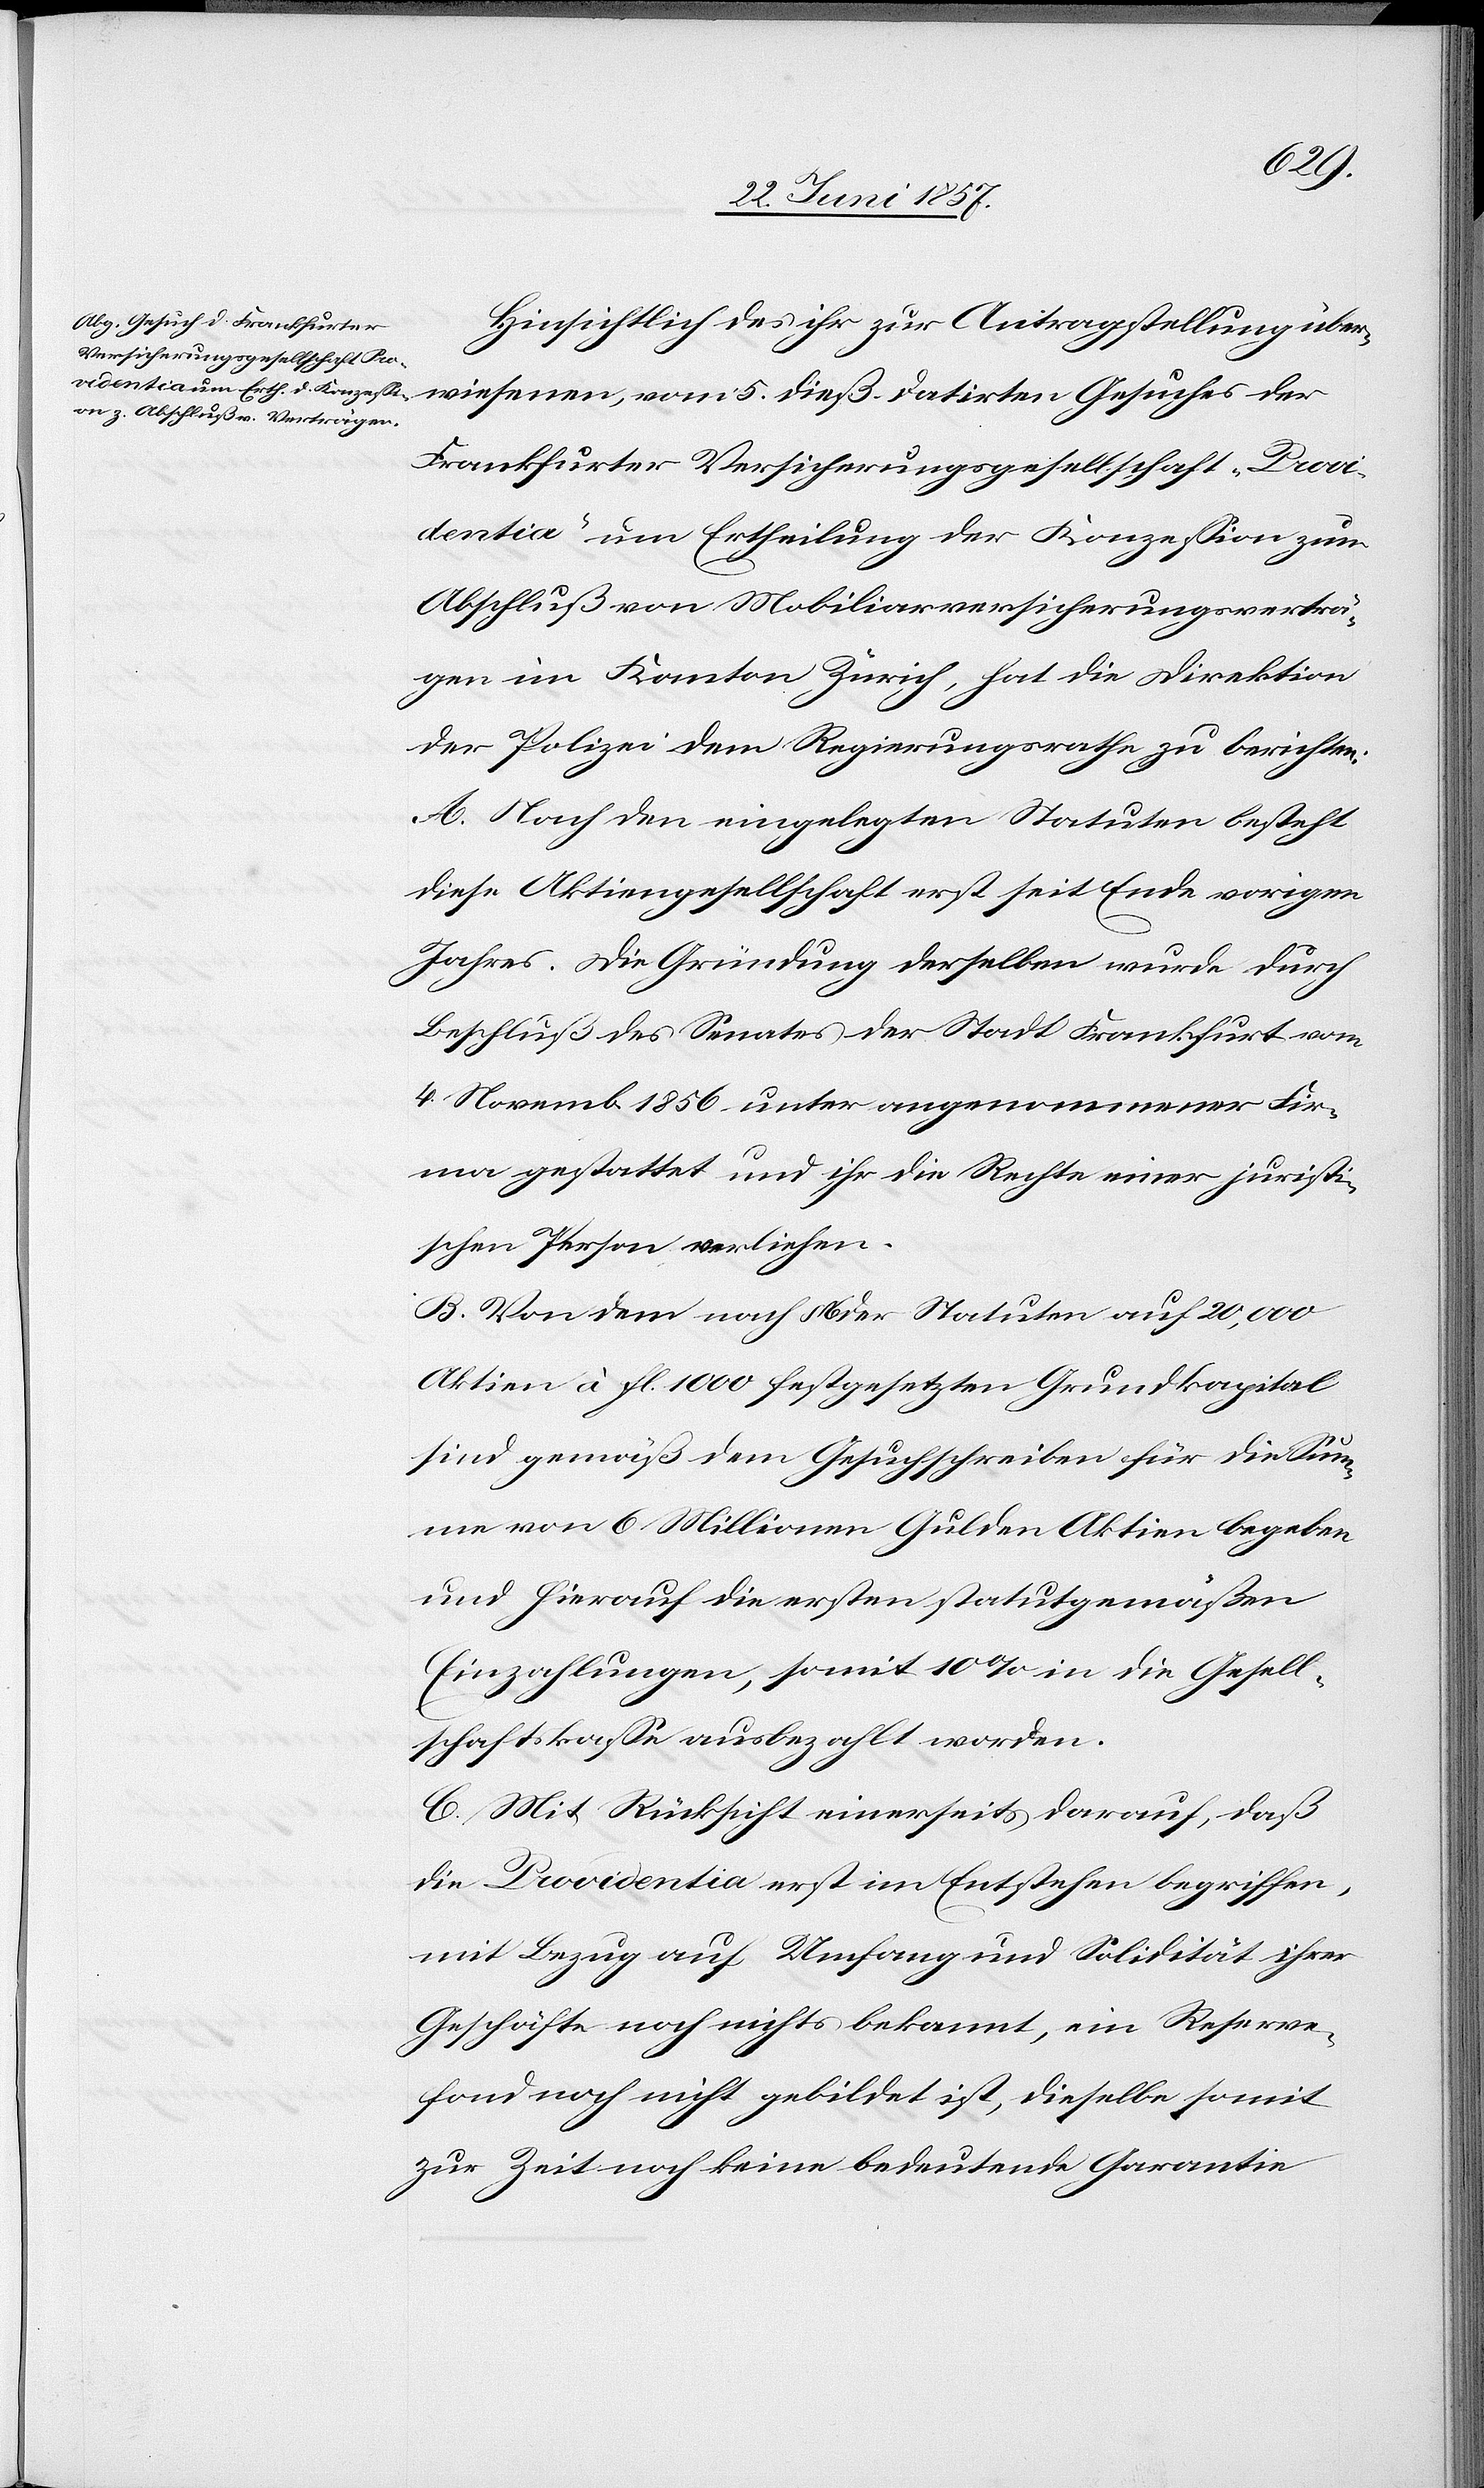
Hinsichtlich des ihr zur Antragstellung über¬
wiesenen, vom 5 dieß datirten Gesuches der
Frankfurter Versicherungsgesellschaft „Provi¬
dentia“ um Ertheilung der Konzession zum
Abschluß von Mobiliarversicherungsverträ¬
gen im Kanton Zürich, hat die Direktion
der Polizei dem Regierungsrathe zu berichten:
A. Nach den eingelegten Statuten besteht
diese Aktiengesellschaft erst seit Ende vorigen
Jahres. Die Gründung derselben wurde durch
Beschluß des Senates der Stadt Frankfurt vom
4 Novemb 1856 unter angenommener Fir¬
ma gestattet und ihr die Rechte einer juristi¬
schen Person verliehen.
B. Von dem nach § 6 der Statuten auf 20,000
Aktien à fl. 1000 festgesetzten Grundkapital
sind gemäß dem Gesuchschreiber für die Sum¬
me von 6 Millionen Gulden Aktien begeben
und hierauf die ersten statutgemäßen
Einzahlungen, somit 10% in die Gesell¬
schaftskasse ausbezahlt worden.
C. Mit Rücksicht einerseits darauf, daß
die Providentia erst im Entstehen begriffen,
mit Bezug auf Umfang und Solidität ihrer
Geschäfte noch nicht bekannt, ein Reserve¬
fond noch nicht gebildet ist, dieselbe somit
zur Zeit noch keine bedeutende Garantie